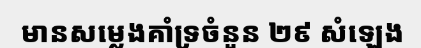
មានសម្លេងគាំទ្រចំនួន ២៩ សំឡេង